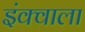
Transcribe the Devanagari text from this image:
इंक्वाला